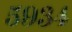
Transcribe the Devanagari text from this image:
५९३४